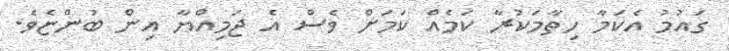
ގައުމު އެކަމާ ހިތާމަކުރާ ކަމެއް ކަމަށް ވެސް އެ ޖަމިއްޔާ އިން ބުންޏެވެ.